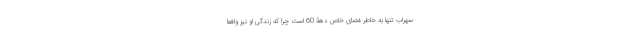
سهراب تنها به خاطر فضای خاص دهۀ 60 است چرا که زندگی او نیز واقعا